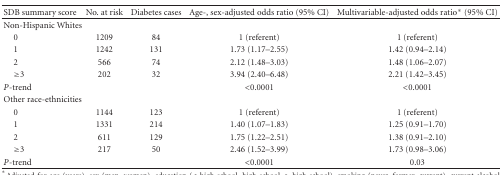
<table><thead><tr><td><b>SDB summary score</b></td><td><b>No. at risk</b></td><td><b>Diabetes cases</b></td><td><b>Age-, sex-adjusted odds ratio (95% CI)</b></td><td><b>Multivariable-adjusted odds ratio* (95% CI)</b></td></tr></thead><tbody><tr><td>Non-Hispanic Whites</td><td></td><td></td><td></td><td></td></tr><tr><td> 0</td><td>1209</td><td>84</td><td>1 (referent)</td><td>1 (referent)</td></tr><tr><td> 1</td><td>1242</td><td>131</td><td>1.73 (1.17–2.55)</td><td>1.42 (0.94–2.14)</td></tr><tr><td> 2</td><td>566</td><td>74</td><td>2.12 (1.48–3.03)</td><td>1.48 (1.06–2.07)</td></tr><tr><td> ≥3</td><td>202</td><td>32</td><td>3.94 (2.40–6.48)</td><td>2.21 (1.42–3.45)</td></tr><tr><td><i>P</i>-trend</td><td></td><td></td><td>&lt;0.0001</td><td>&lt;0.0001</td></tr><tr><td>Other race-ethnicities</td><td></td><td></td><td></td><td></td></tr><tr><td> 0</td><td>1144</td><td>123</td><td>1 (referent)</td><td>1 (referent)</td></tr><tr><td> 1</td><td>1331</td><td>214</td><td>1.40 (1.07–1.83)</td><td>1.25 (0.91–1.70)</td></tr><tr><td> 2</td><td>611</td><td>129</td><td>1.75 (1.22–2.51)</td><td>1.38 (0.91–2.10)</td></tr><tr><td> ≥3</td><td>217</td><td>50</td><td>2.46 (1.52–3.99)</td><td>1.73 (0.98–3.06)</td></tr><tr><td><i>P</i>-trend</td><td></td><td></td><td>&lt;0.0001</td><td>0.03</td></tr></tbody></table>